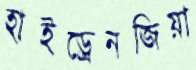
হাইড্রেনজিয়া